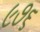
૯૭૬